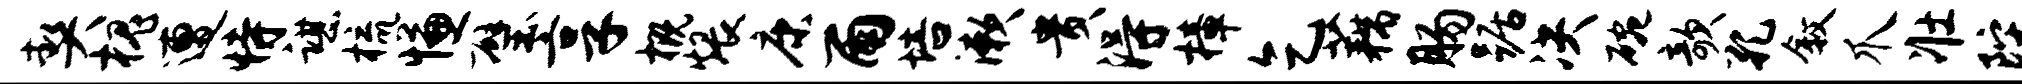
契槐遭恃谌梳慊璧享概煨康雨培漱贵得樟乞藕肠踞决碗欹孔叙爪壮陀